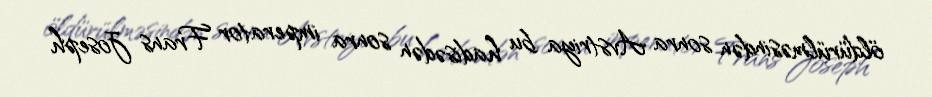
öldürülməsindən sonra Avstriya bu hadisədən sonra imperator Frans Joseph